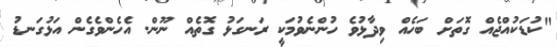
"ކުޑަކުއްޖެއް ގޮތަށް ބަހެއް ވިދާޅުވެ ހުންނެވުމަކީ ރަނގަޅު ގޮތެއް ނޫން. އެހެންވެގެން އަޅުގަނޑު